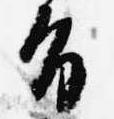
旨